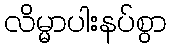
လိမ္မာပါးနပ်စွာ